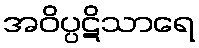
အဝိပ္ပဋိသာရေ